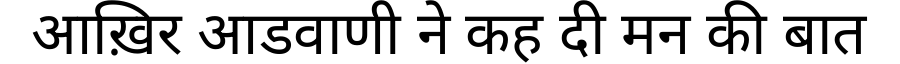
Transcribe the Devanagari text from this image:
आख़िर आडवाणी ने कह दी मन की बात